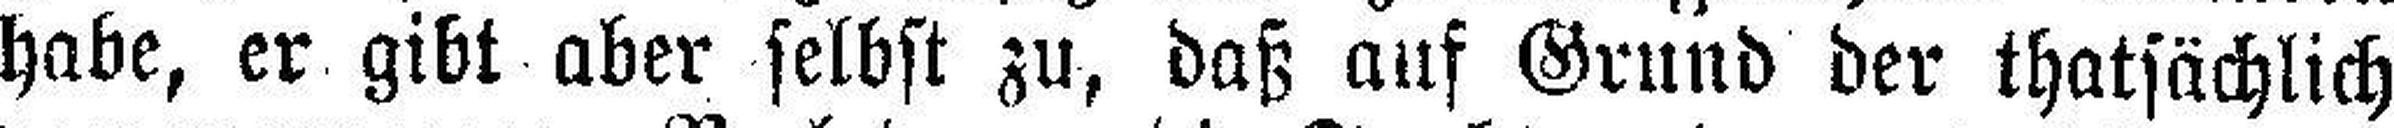
habe, er gibt aber selbst zu, daß auf Grund der thatsächlich